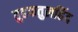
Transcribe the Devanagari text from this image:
तुहफतुलहिंद